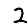
Digit: 2